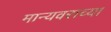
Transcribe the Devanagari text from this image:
मान्यवराच्या